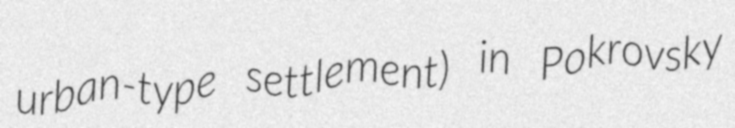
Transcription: urban-type settlement) in Pokrovsky